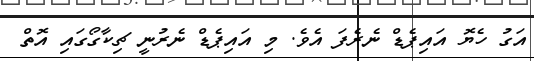
އަގު ހެޔޮ އައިޕެޑް ނެރެފަ އެވެ. މި އައިޕެޑް ނެރުނީ ޗިކާގޯގައި އޮތް